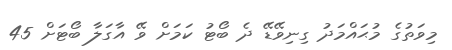
މިވަތުގެ މުޙައްމަދު ގިނިވޭޑޭ ދެ ބޯޓު ކަމަށް ވޭ އާގަލާ ބޯޓަށް 45